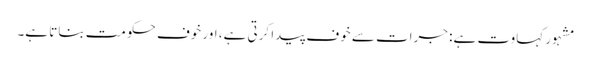
مشہور کہاوت ہے: جرات سے خوف پیدا کرتی ہے، اور خوف حکومت بناتا ہے۔